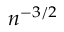
n ^ { - 3 / 2 }